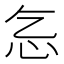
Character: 𢖴